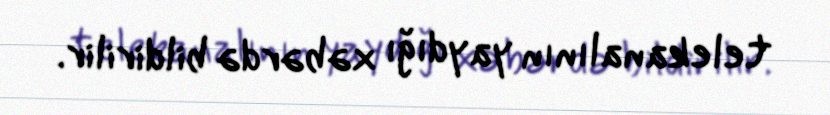
telekanalının yaydığı xəbərdə bildirilir.